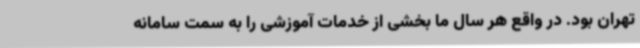
تهران بود. در واقع هر سال ما بخشی از خدمات آموزشی را به سمت سامانه